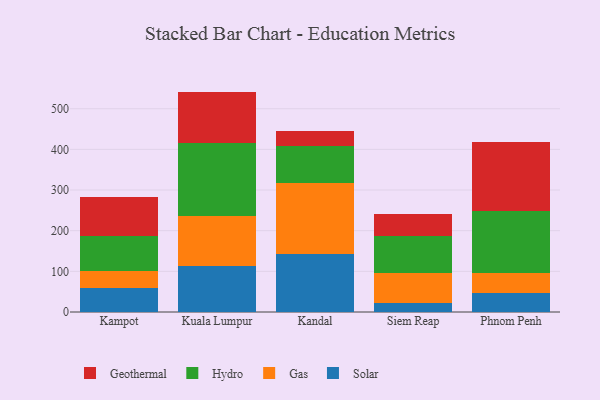
{"axis": {"x": "City", "y": "LTV (USD)"}, "legend": ["Gas", "Geothermal", "Hydro", "Solar"], "data": [{"x": "Kampot", "y": 59.4, "type": "Solar"}, {"x": "Kampot", "y": 40.4, "type": "Gas"}, {"x": "Kampot", "y": 87.6, "type": "Hydro"}, {"x": "Kampot", "y": 96.5, "type": "Geothermal"}, {"x": "Kuala Lumpur", "y": 112.5, "type": "Solar"}, {"x": "Kuala Lumpur", "y": 124.3, "type": "Gas"}, {"x": "Kuala Lumpur", "y": 179.1, "type": "Hydro"}, {"x": "Kuala Lumpur", "y": 126.2, "type": "Geothermal"}, {"x": "Kandal", "y": 142.7, "type": "Solar"}, {"x": "Kandal", "y": 174.6, "type": "Gas"}, {"x": "Kandal", "y": 90.4, "type": "Hydro"}, {"x": "Kandal", "y": 37.7, "type": "Geothermal"}, {"x": "Siem Reap", "y": 22.5, "type": "Solar"}, {"x": "Siem Reap", "y": 74.4, "type": "Gas"}, {"x": "Siem Reap", "y": 89.5, "type": "Hydro"}, {"x": "Siem Reap", "y": 54.0, "type": "Geothermal"}, {"x": "Phnom Penh", "y": 45.6, "type": "Solar"}, {"x": "Phnom Penh", "y": 51.3, "type": "Gas"}, {"x": "Phnom Penh", "y": 151.3, "type": "Hydro"}, {"x": "Phnom Penh", "y": 170.6, "type": "Geothermal"}]}